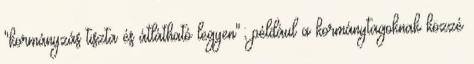
"kormányzás tiszta és átlátható legyen"; például a kormánytagoknak közzé